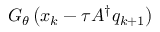
G _ { \theta } \left( x _ { k } - \tau A ^ { \dagger } q _ { k + 1 } \right)